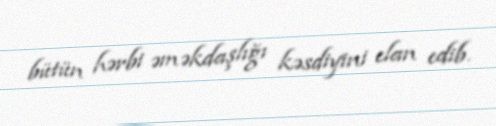
bütün hərbi əməkdaşlığı kəsdiyini elan edib.